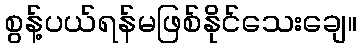
စွန့်ပယ်ရန်မဖြစ်နိုင်သေးချေ။